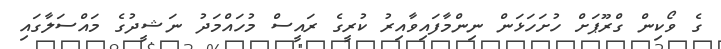
ގެ ވޯކިން ގްރޫޕަށް ހުށަހަޅަން ނިންމާފައިވާއިރު ކުރީގެ ރައީސް މުހައްމަދު ނަޝީދުގެ މައްސަލާގައި